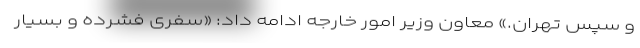
و سپس تهران.» معاون وزیر امور خارجه ادامه داد: «سفری فشرده و بسیار